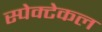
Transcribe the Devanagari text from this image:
स्पेक्टेकल